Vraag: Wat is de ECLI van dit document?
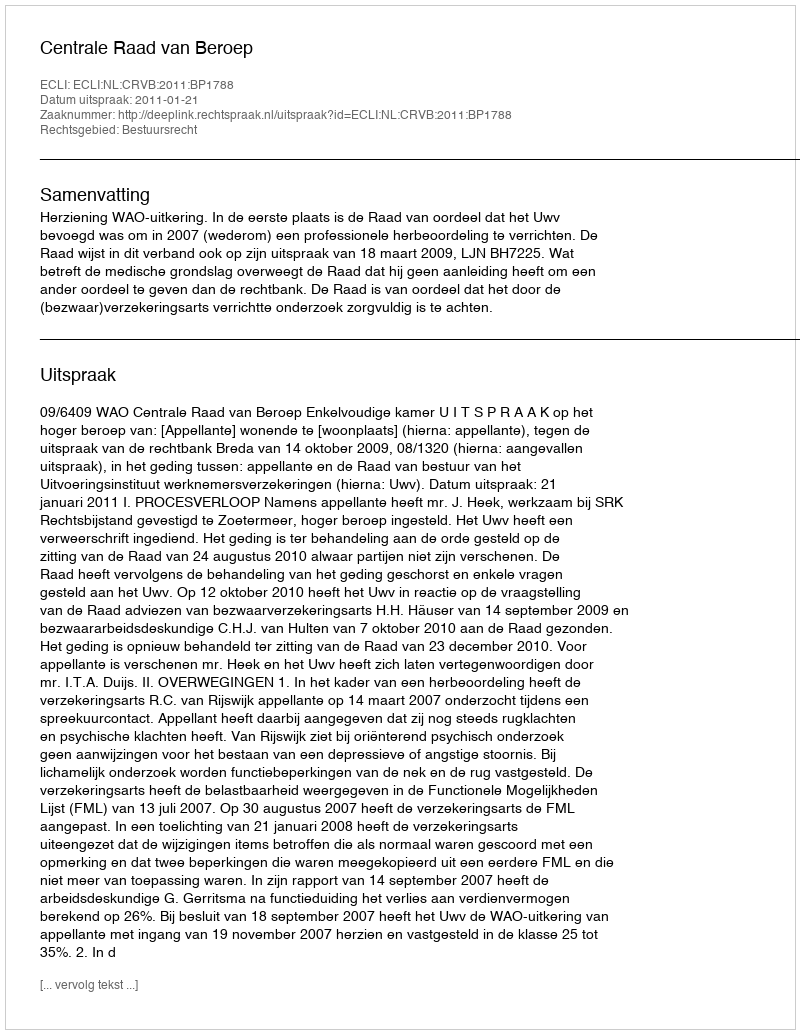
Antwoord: ECLI:NL:CRVB:2011:BP1788